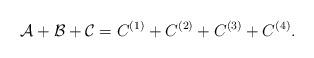
LaTeX: \begin{gather*} \mathcal{A}+\mathcal{B}+\mathcal{C}=C^{(1)}+C^{(2)}+C^{(3)}+C^{(4)}.\end{gather*}